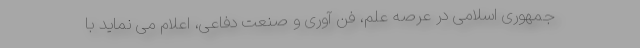
جمهوری اسلامی در عرصه علم، فن آوری و صنعت دفاعی، اعلام می نماید با